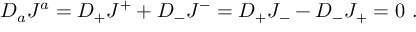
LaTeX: D _ { a } J ^ { a } = D _ { + } J ^ { + } + D _ { - } J ^ { - } = D _ { + } J _ { - } - D _ { - } J _ { + } = 0 \ .